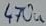
Text: 470u